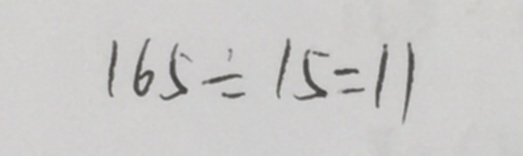
1 6 5 \div 1 5 = 1 1